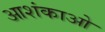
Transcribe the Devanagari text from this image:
आशंकाओ